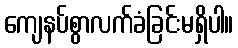
ကျေနပ်စွာလက်ခံခြင်းမရှိပါ။